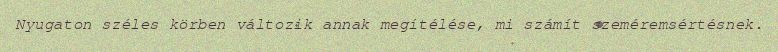
Nyugaton széles körben változik annak megítélése, mi számít szeméremsértésnek.